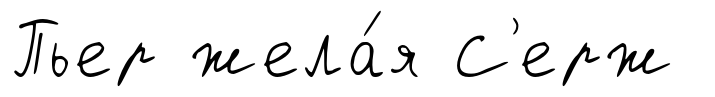
Пьер жела́я С'ерж